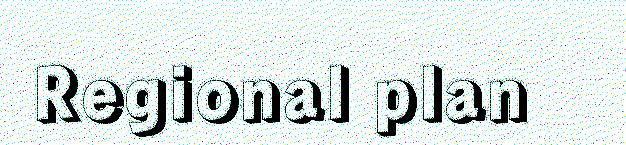
Regional plan